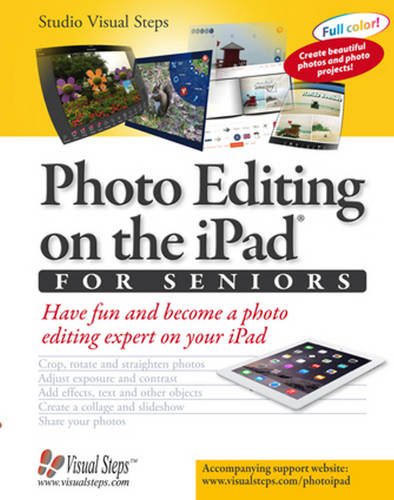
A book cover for Photo Editing on the iPad for Seniors: Have Fun and Become a Photo Editing Expert on Your iPad (Computer Books for Seniors series); Studio Visual Steps; Computers & Technology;